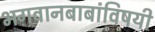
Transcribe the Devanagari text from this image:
भगवानबाबांविषयी